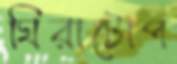
ঘিরাটোপ